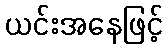
ယင်းအနေဖြင့်